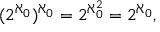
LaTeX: ( 2 ^ { \aleph _ { 0 } } ) ^ { \aleph _ { 0 } } = 2 ^ { \aleph _ { 0 } ^ { 2 } } = 2 ^ { \aleph _ { 0 } } ,